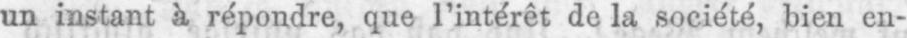
un instant à répondre, que l’intérêt de la société, bien en-